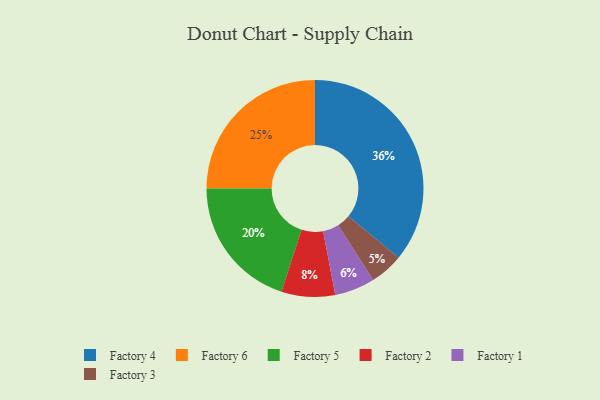
{"axis": {"x": "Category", "y": "Percentage"}, "legend": ["Factory 1", "Factory 2", "Factory 3", "Factory 4", "Factory 5", "Factory 6"], "data": [{"x": "Factory 2", "y": 8, "type": "Factory 2"}, {"x": "Factory 3", "y": 5, "type": "Factory 3"}, {"x": "Factory 4", "y": 36, "type": "Factory 4"}, {"x": "Factory 6", "y": 25, "type": "Factory 6"}, {"x": "Factory 1", "y": 6, "type": "Factory 1"}, {"x": "Factory 5", "y": 20, "type": "Factory 5"}]}